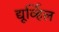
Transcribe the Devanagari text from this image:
द्यूर्व्हिल